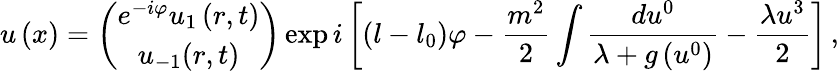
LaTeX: u\left(x\right)=\left(\begin{array}{c}{{e^{-i\varphi}u_{1}\left(r,t\right)}}\\ {{u_{-1}(r,t)}}\end{array}\right)\exp i\left[\left(l-l_{0}\right)\varphi-\frac{m^{2}}{2}\int\frac{du^{0}}{\lambda+g\left(u^{0}\right)}-\frac{\lambda u^{3}}{2}\right]\, ,